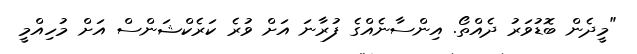
"މީދެން ބޮޑުވަރު ދެއްތޯ. އިންސާނެއްގެ ފުރާނަ އަށް ވުރެ ކަރެކްޝަންސް އަށް މުހިއްމީ